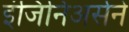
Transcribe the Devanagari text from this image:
इंजिनिअर्सने